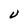
Character: U